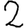
Digit: 2